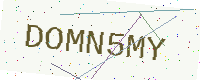
Text: DOMN5MY